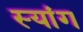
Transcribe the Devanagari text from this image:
स्‍यांग